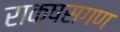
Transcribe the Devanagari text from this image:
राक्षसगण